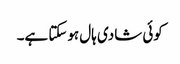
کوئی شادی ہال ہوسکتا ہے۔